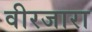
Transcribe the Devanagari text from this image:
वीरजारा